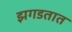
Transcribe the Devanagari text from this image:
झगडतात